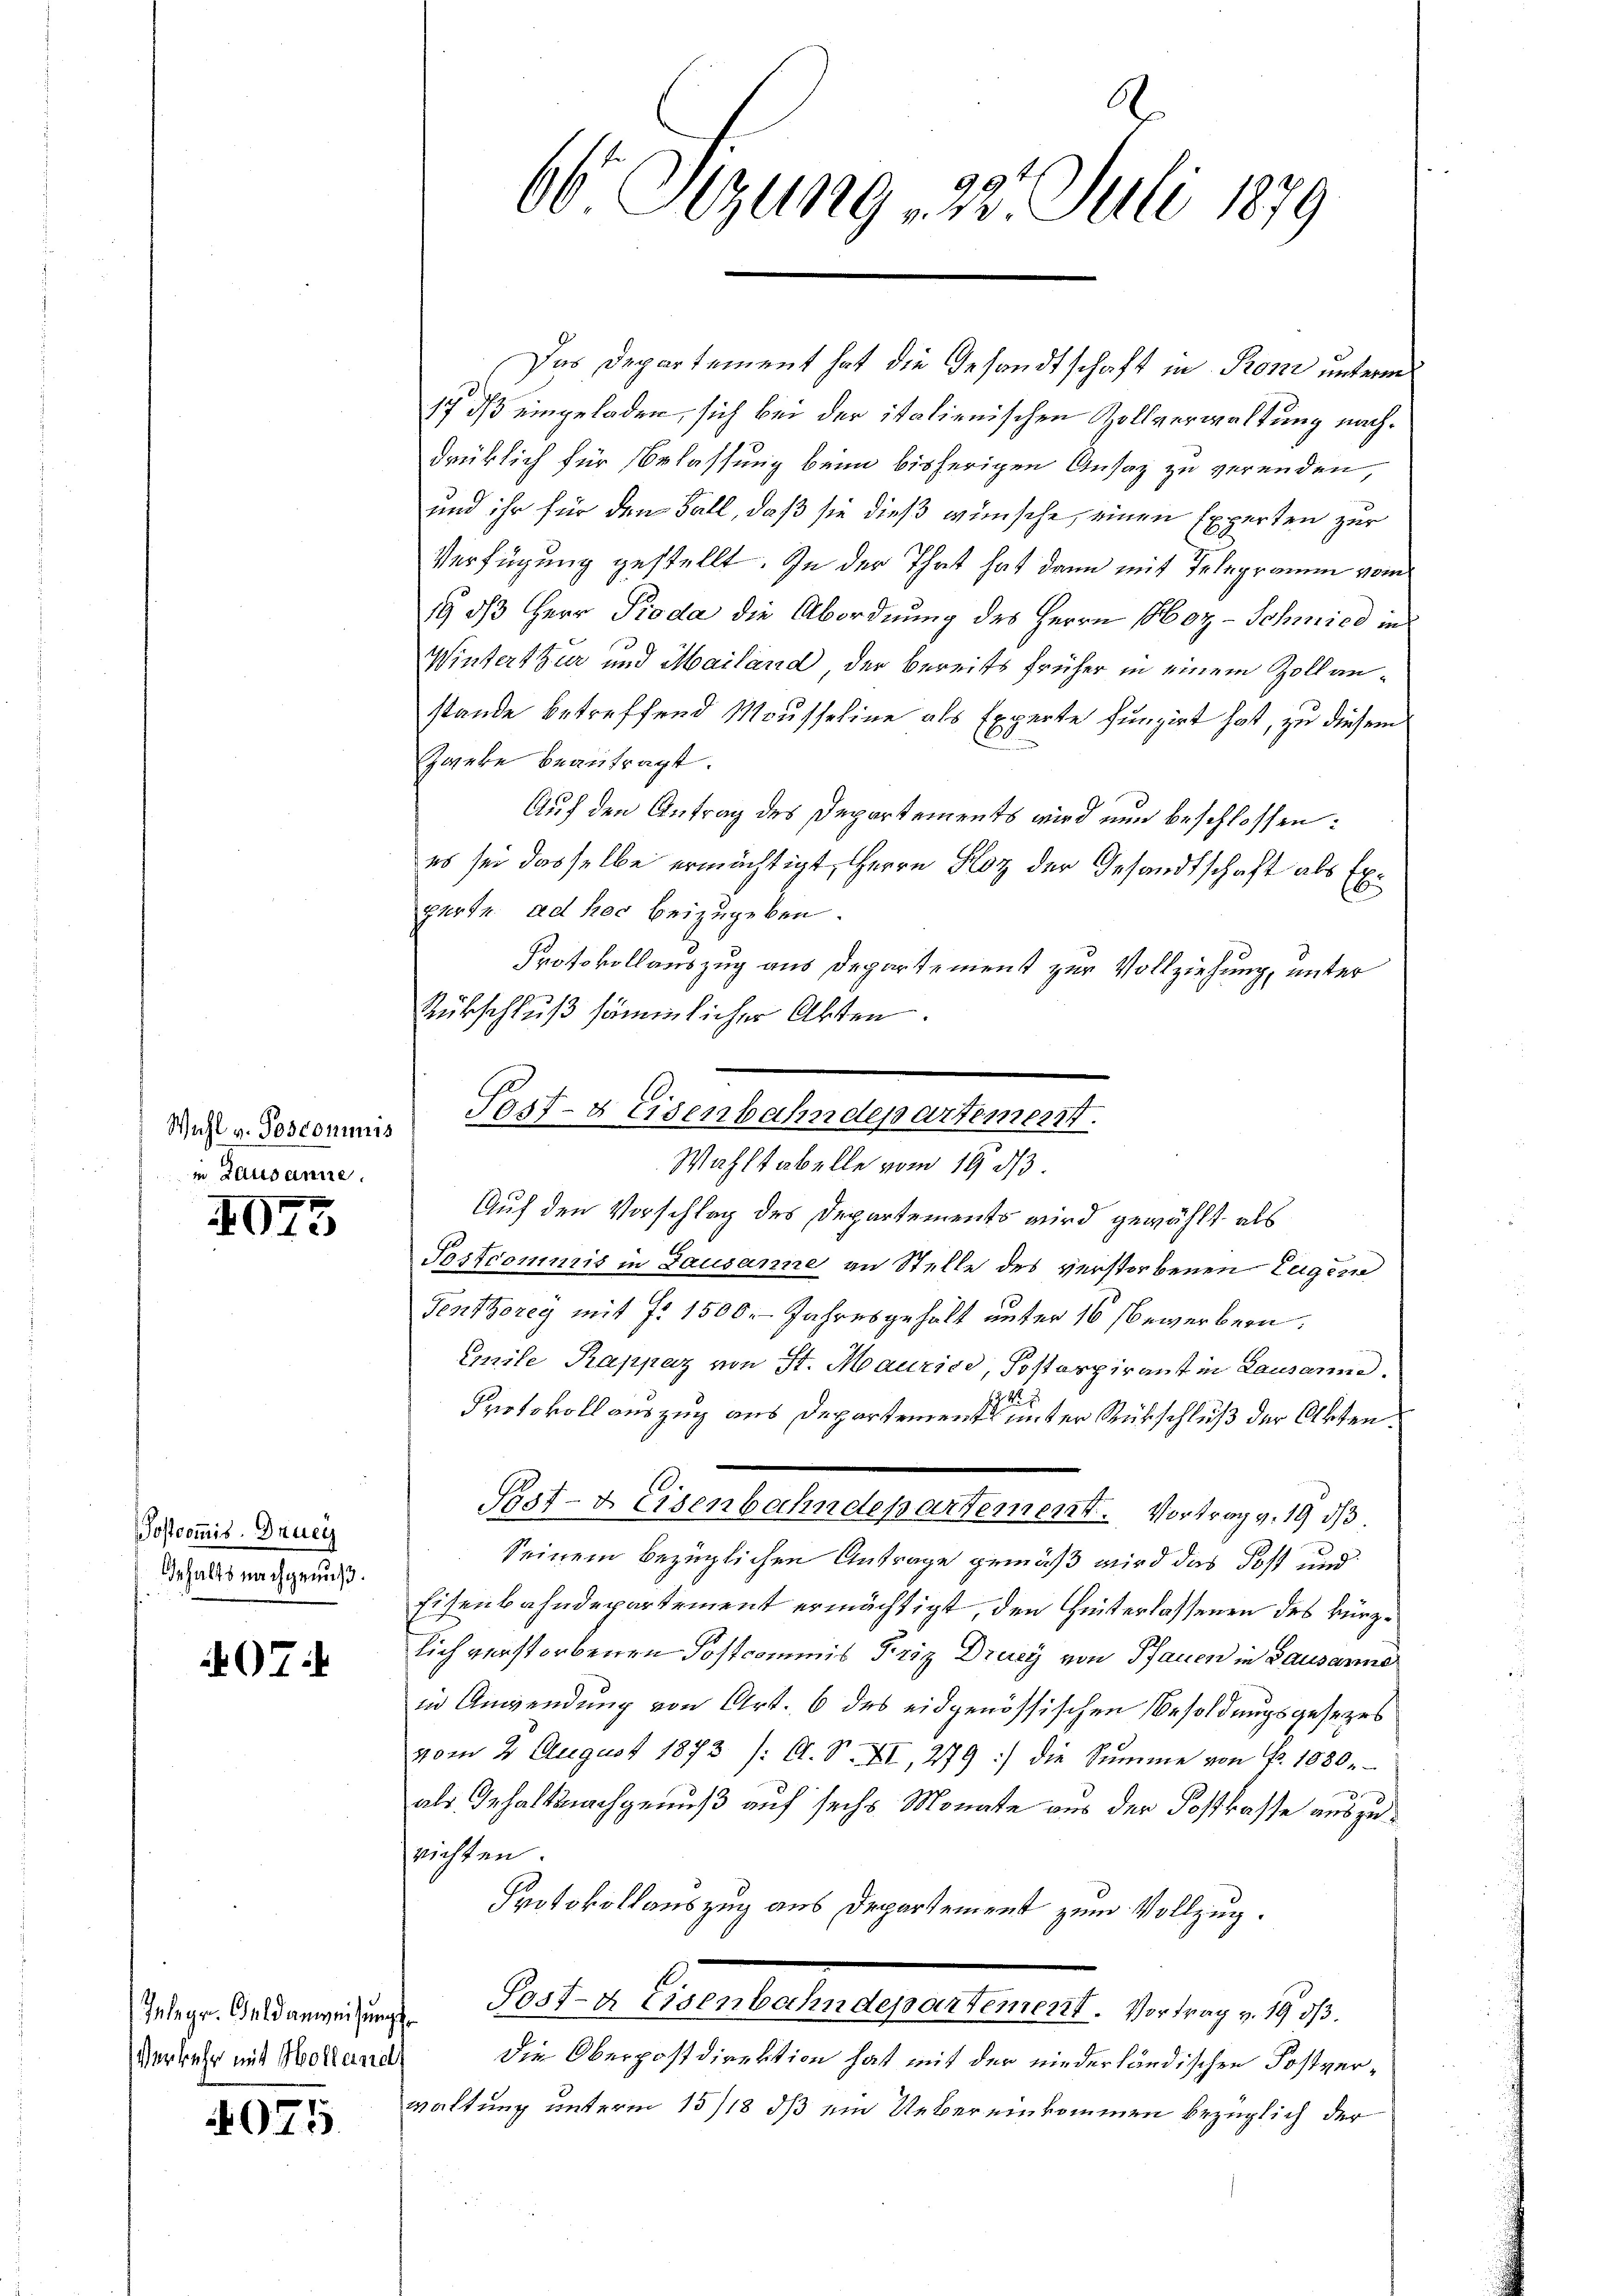
Wehl v. (...)commis
in Lausanne.

4015

Postcommis. Druey
Gehalts nachgenuß.

07:

Verkehr mit Holland

4075

A.
90
00 Sitzung 2. Juli 1879

Das Departement hat die Gesandtschaft in Proni unterm
17 dß eingeladen, sich bei der italienischen Zollverwaltung nachdrüklich für Erlassung beim bisherigen Ansaz zu verenden,
und ihr für den Fall, daß sie dieß wünsche, einen Experten zur
Verfügung gestellt. In der That hat dann mit Telegramm vom
19 ds Herr Pioda die Abordnung des Herrn Poz-Schmied in
Winterthur und Mailand der bereits früher in einem Zollanstande betreffend Mousseline als Experte fungirt hat, zu diesem
Zweke beantragt.
Auf den Antrag des Departements wird nun beschlossen:
es sei dasselbe ermächtigt, Herrn Kloz der Gesandtschaft als Experte. ad hoc beizugeben.
Protokollauszug aus Departement zur Vollziehung, unter
Rückschluß sämmlicher Akten.
Auf den Vorschlag des Departements wird gewählt, als
Postcommis in Lausanne an Stelle des verstorbenen Eugen
Genthorey mit §. 1500. Jahresgehalt unter 16 Bewerbern.
Emile Rappaz von St. Maurico, Postaspirant in Lausanne.
Protokoll auszug aus Departementen unter Rückschluß der Akten.
Sost- & Eisenbahndepartement. Vortrag v. 19 d
Seinem bezüglichen Antrage gemäß wird das Post und
Eisenbahndepartement ermächtigt, den Hinterlassenen des kürzlich verstorbenen Postcommis Friz Druey von Pfauen in Lausanne
in Anwendung von Art. 6 des eidgenössischen Besoldungsgesezes
vom 2. August 1873 /: C. S. XI, 279 :/ die Summe von Nr. 1030.
als Inhaltsnachgenuß auf sechs Monate aus der Postkasse auszurichten.
Protokollauszug aus Departement zum Vollzug.
Inlege. Geldanweisung Post- & Eisenbahndepartement. Vortrag v. 1903.
Die Oberpostdirektion hat mit der niederländischen Postverwaltung unterm 15/18 dß ein Uebereinkommen bezüglich der

Sast- & Eisenbahndepartement.
Wahstabelle vom 19. ds.